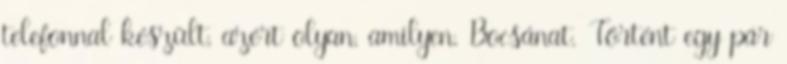
telefonnal készült, azért olyan, amilyen. Bocsánat. Történt egy pár